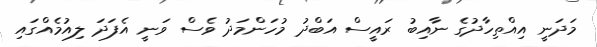
މަދަނީ އިއްތިހާދުގެ ނާއިބު ރައީސް އަބްދު މުހަންމަދު ވެސް ވަނީ އެފަދަ ލިއުމެއްގައި